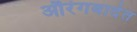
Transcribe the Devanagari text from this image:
औरंगबादेत